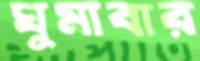
ঘুমাবার